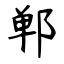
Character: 郸